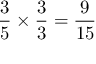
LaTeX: { \frac { 3 } { 5 } } \times { \frac { 3 } { 3 } } = { \frac { 9 } { 1 5 } }